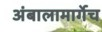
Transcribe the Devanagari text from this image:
अंबालामार्गेच